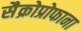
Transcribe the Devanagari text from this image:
सैक्रोप्रोफाना